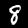
Label: 8